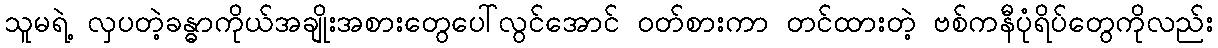
သူမရဲ့ လှပတဲ့ခန္ဓာကိုယ်အချိုးအစားတွေပေါ်လွင်အောင် ဝတ်စားကာ တင်ထားတဲ့ ဗစ်ကနီပုံရိပ်တွေကိုလည်း